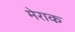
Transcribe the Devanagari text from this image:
मेराक